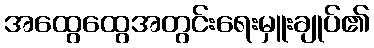
အထွေထွေအတွင်းရေးမှူးချုပ်၏